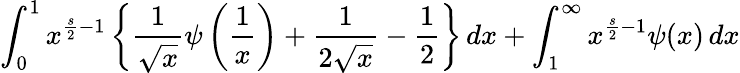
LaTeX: \int_{0}^{1}x^{{\frac{s}{2}}-1}\left\{ {\frac{1}{\sqrt{x}}}\psi\left({\frac{1}{x}}\right)+{\frac{1}{2{\sqrt{x}}}}-{\frac{1}{2}}\right\} \, dx+\int_{1}^{\infty}x^{{\frac{s}{2}}-1}\psi(x)\, dx